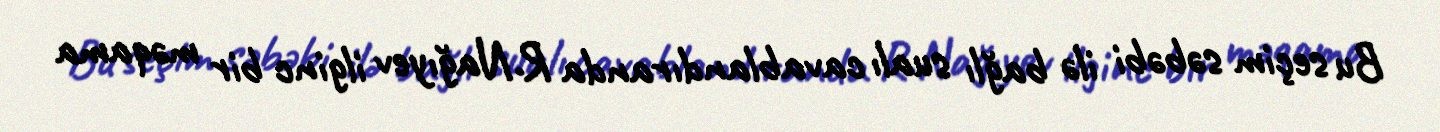
Bu seçim səbəbi ilə bağlı sualı cavablandıranda R.Nağıyev ilginc bir məqama